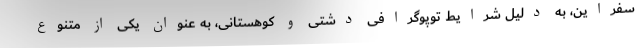
سفراین، به دلیل شرایط توپوگرافی دشتی و کوهستانی، به عنوان یکی از متنوع